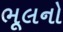
ભૂલનો